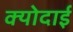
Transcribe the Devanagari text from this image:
क्योदाई